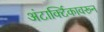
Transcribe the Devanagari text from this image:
अंटार्क्टिकावरून